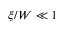
\xi / W \ll 1